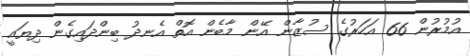
އުމުރުން 66 އަހަރުގެ ސުޒާން އޭން މާބެން އޮތް އެނދު ބިންދައިގެން ދިޔައީ